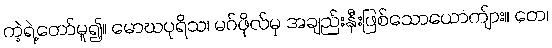
ကဲ့ရဲ့တော်မူ၍။ မောဃပုရိသ၊ မဂ်ဖိုလ်မှ အချည်းနှီးဖြစ်သောယောကျ်ား။ တေ၊